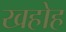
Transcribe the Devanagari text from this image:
खहोह